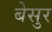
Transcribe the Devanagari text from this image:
बेसुर